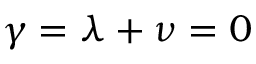
\gamma = \lambda + \nu = 0